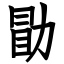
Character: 勖